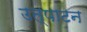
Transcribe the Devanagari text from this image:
उत्पाटन